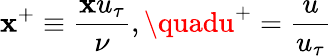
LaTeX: \mathbf{x}^{+}\equiv\frac{{\mathbf{x}u_{\tau}}}{{\nu}},\quadu^{+}=\frac{{u}}{{u_{\tau}}}